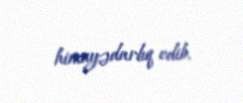
himayədarlıq edib.